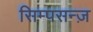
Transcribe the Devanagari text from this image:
सिम्पसन्ज़